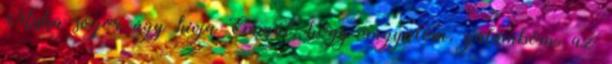
Miska sógor úgy hívja Emmát, hogy angyalom, galambom, az